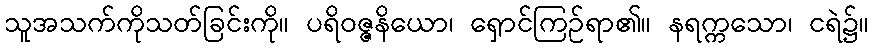
သူအသက်ကိုသတ်ခြင်းကို။ ပရိဝဇ္ဇနိယော၊ ရှောင်ကြဉ်ရာ၏။ နရက္ကသော၊ ငရဲ၌။